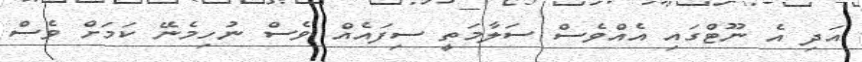
އަދި އެ ނޫޓްގައި އެއްވެސް ސަލާމަތީ ސިފައެއް ވެސް ނުހިމެނޭ ކަމަށް ވެސް